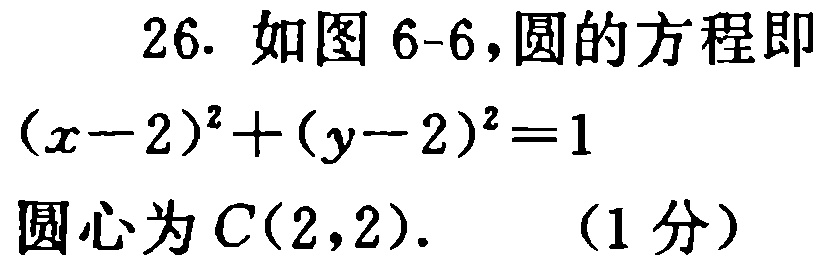
26. 如图 6-6，圆的方程即

\((x - 2)^2 + (y - 2)^2 = 1\)

圆心为\(C(2,2)\). （1分）